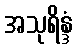
အသုရိန္ဒံ